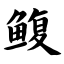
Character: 鳆